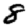
Digit: 8